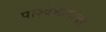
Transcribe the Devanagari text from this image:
पार्श्वभागावर